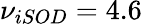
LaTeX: \nu_{iSOD}=4.6